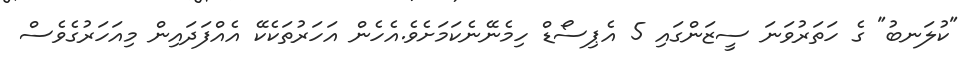
"ކުލަނބު" ގެ ހަތަރުވަނަ ސީޒަންގައި 5 އެޕިސޯޑް ހިމެނޭނެކަމަށެވެ.އެހެން އަހަރުތަކެކޭ އެއްފަދައިން މިއަހަރުގެވެސް